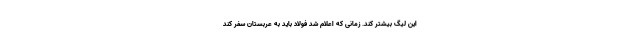
این لیگ بیشتر کند. زمانی که اعلام شد فولاد باید به عربستان سفر کند